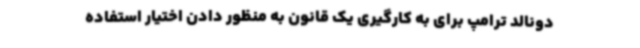
دونالد ترامپ برای به کارگیری یک قانون به منظور دادن اختیار استفاده